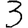
Digit: 3